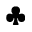
\clubsuit